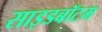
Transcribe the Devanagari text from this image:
साइडबॉटम